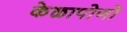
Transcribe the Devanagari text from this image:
केळापोणो